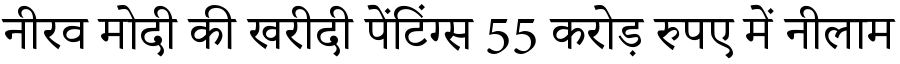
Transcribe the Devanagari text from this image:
नीरव मोदी की खरीदी पेंटिंग्स 55 करोड़ रुपए में नीलाम